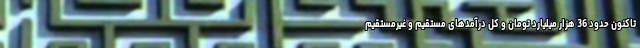
تاکنون حدود 36 هزار میلیارد تومان و کل درآمدهای مستقیم و غیرمستقیم